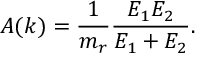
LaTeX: A ( k ) = \frac { 1 } { m _ { r } } \frac { E _ { 1 } E _ { 2 } } { E _ { 1 } + E _ { 2 } } .